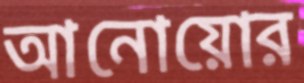
আনোয়োর